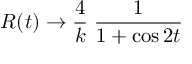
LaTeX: R ( t ) \rightarrow \frac { 4 } { k } \; \frac { 1 } { 1 + \cos 2 t }